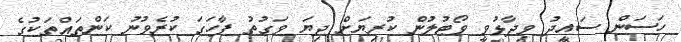
ހަސަން ސައީދު ވިދާޅުވީ ވޯޓުލުން ކުރިޔަށް ދިޔަ ވަގުތު ފާހަގަ ކުރެވުނު ކަންތައްތަކުގެ